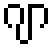
ဂျာ